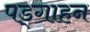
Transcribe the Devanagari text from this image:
पड्गाहन